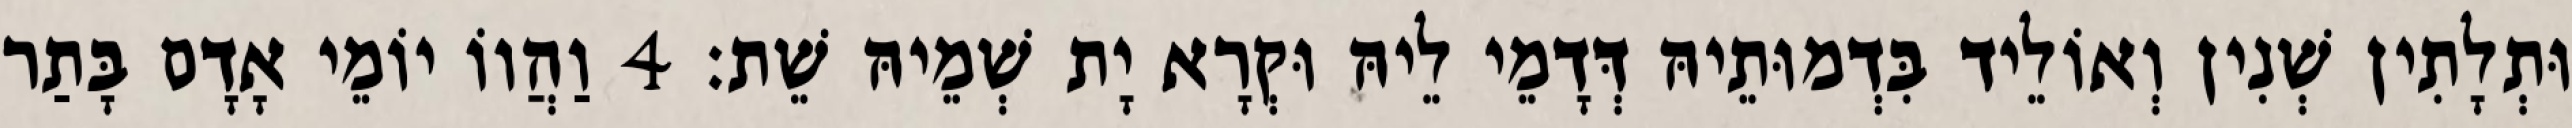
וּתְלָתִין שְׁנִין וְאוֹלֵיד בִּדְמוּתֵיהּ דְּדָמֵי לֵיהּ וּקְרָא יָת שְׁמֵיהּ שֵׁת׃ 4 וַהֲווֹ יוֹמֵי אָדָם בָּתַר